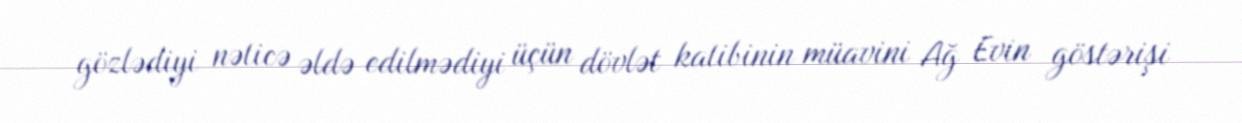
gözlədiyi nəticə əldə edilmədiyi üçün dövlət katibinin müavini Ağ Evin göstərişi